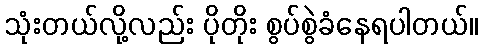
သုံးတယ်လို့လည်း ပိုတိုး စွပ်စွဲခံနေရပါတယ်။